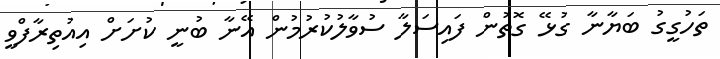
ތަހުގީގު ބަޔާނާ ގުޅޭ ގޮތުން ފައިސަލާ ސުވާލުކުރުމުން އޭނާ ބުނީ ކުށަށް އިއުތިރާފްވީ